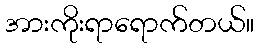
အားကိုးရာရောက်တယ်။